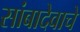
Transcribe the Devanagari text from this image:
सांबादेवाचे